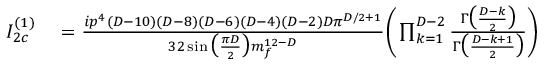
\begin{array} { r l } { I _ { 2 c } ^ { ( 1 ) } } & { { } = \frac { i p ^ { 4 } ( D - 1 0 ) ( D - 8 ) ( D - 6 ) ( D - 4 ) ( D - 2 ) D \pi ^ { D / 2 + 1 } } { 3 2 \sin \big ( \frac { \pi D } { 2 } \big ) m _ { f } ^ { 1 2 - D } } \bigg ( \prod _ { k = 1 } ^ { D - 2 } \frac { \Gamma \big ( \frac { D - k } { 2 } \big ) } { \Gamma \big ( \frac { D - k + 1 } { 2 } \big ) } \bigg ) } \end{array}